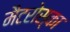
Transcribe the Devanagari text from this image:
मैटरोस्का